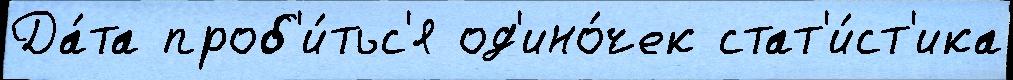
Да́та проб'и́тьс'я од'ино́чек стат'и́ст'ика